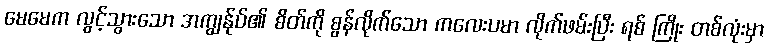
မေမေက လွင့်သွားသော အကျွန်ုပ်၏ စိတ်ကို စွန်လိုက်သော ကလေးပမာ လိုက်ဖမ်းပြီး ရစ် ကြိုး တစ်လုံးမှာ